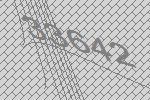
33642